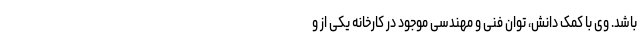
باشد. وی با کمک دانش، توان فنی و مهندسی موجود در کارخانه یکی از و